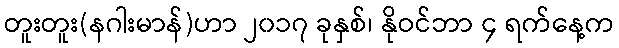
တူးတူး(နဂါးမာန်)ဟာ ၂၀၁၇ ခုနှစ်၊ နိုဝင်ဘာ ၄ ရက်နေ့က